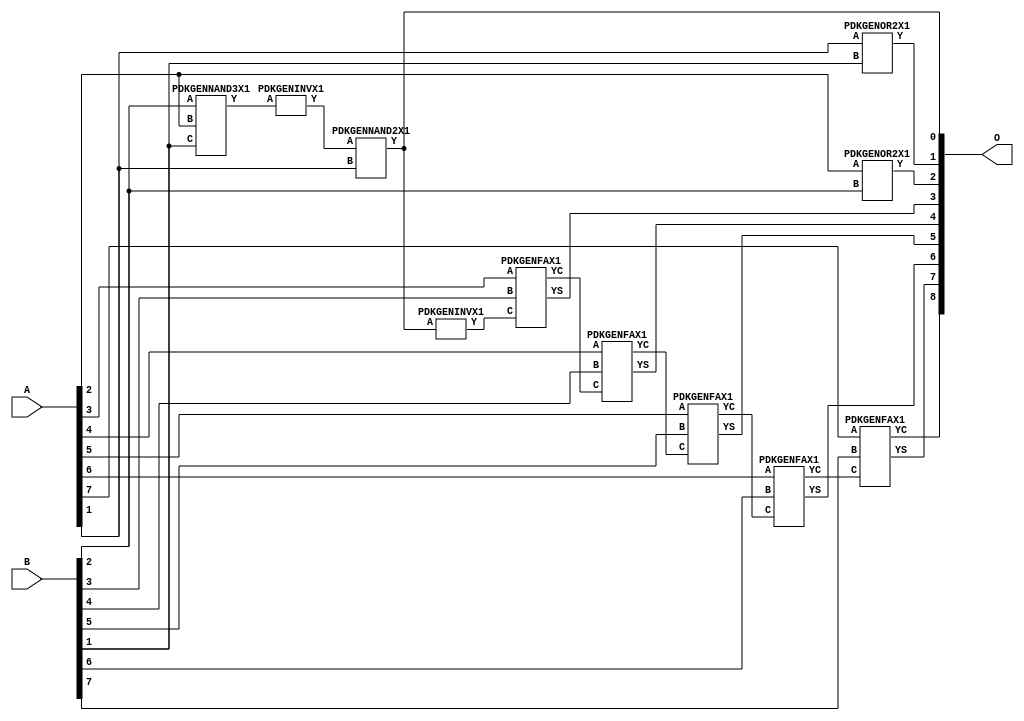
// Library = EvoApprox8b
// Circuit = add8_187
// Area   (180) = 756
// Delay  (180) = 1.360
// Power  (180) = 223.50
// Area   (45) = 56
// Delay  (45) = 0.520
// Power  (45) = 21.82
// Nodes = 11
// HD = 134400
// MAE = 1.46875
// MSE = 4.31250
// MRE = 0.78 %
// WCE = 5
// WCRE = 100 %
// EP = 70.3 %

module add8_187(A, B, O);
  input [7:0] A;
  input [7:0] B;
  output [8:0] O;
  wire [2031:0] N;

  assign N[0] = A[0];
  assign N[1] = A[0];
  assign N[2] = A[1];
  assign N[3] = A[1];
  assign N[4] = A[2];
  assign N[5] = A[2];
  assign N[6] = A[3];
  assign N[7] = A[3];
  assign N[8] = A[4];
  assign N[9] = A[4];
  assign N[10] = A[5];
  assign N[11] = A[5];
  assign N[12] = A[6];
  assign N[13] = A[6];
  assign N[14] = A[7];
  assign N[15] = A[7];
  assign N[16] = B[0];
  assign N[17] = B[0];
  assign N[18] = B[1];
  assign N[19] = B[1];
  assign N[20] = B[2];
  assign N[21] = B[2];
  assign N[22] = B[3];
  assign N[23] = B[3];
  assign N[24] = B[4];
  assign N[25] = B[4];
  assign N[26] = B[5];
  assign N[27] = B[5];
  assign N[28] = B[6];
  assign N[29] = B[6];
  assign N[30] = B[7];
  assign N[31] = B[7];

  PDKGENNAND3X1 n32(.A(N[20]), .B(N[4]), .C(N[18]), .Y(N[32]));
  PDKGENINVX1 n34(.A(N[32]), .Y(N[34]));
  assign N[35] = N[34];
  PDKGENNAND2X1 n40(.A(N[35]), .B(N[2]), .Y(N[40]));
  assign N[41] = N[40];
  PDKGENINVX1 n42(.A(N[41]), .Y(N[42]));
  assign N[43] = N[42];
  PDKGENOR2X1 n82(.A(N[2]), .B(N[18]), .Y(N[82]));
  PDKGENOR2X1 n132(.A(N[4]), .B(N[20]), .Y(N[132]));
  PDKGENFAX1 n182(.A(N[6]), .B(N[22]), .C(N[43]), .YS(N[182]), .YC(N[183]));
  PDKGENFAX1 n232(.A(N[8]), .B(N[24]), .C(N[183]), .YS(N[232]), .YC(N[233]));
  PDKGENFAX1 n282(.A(N[10]), .B(N[26]), .C(N[233]), .YS(N[282]), .YC(N[283]));
  PDKGENFAX1 n332(.A(N[12]), .B(N[28]), .C(N[283]), .YS(N[332]), .YC(N[333]));
  PDKGENFAX1 n382(.A(N[14]), .B(N[30]), .C(N[333]), .YS(N[382]), .YC(N[383]));

  assign O[0] = N[40];
  assign O[1] = N[82];
  assign O[2] = N[132];
  assign O[3] = N[182];
  assign O[4] = N[232];
  assign O[5] = N[282];
  assign O[6] = N[332];
  assign O[7] = N[382];
  assign O[8] = N[383];

endmodule
/* mod */
module PDKGENFAX1( input A, input B, input C, output YS, output YC );
    assign YS = (A ^ B) ^ C;
    assign YC = (A & B) | (B & C) | (A & C);
endmodule
/* mod */
module PDKGENOR2X1(input A, input B, output Y );
     assign Y = A | B;
endmodule
/* mod */
module PDKGENINVX1(input A, output Y );
     assign Y = ~A;
endmodule
/* mod */
module PDKGENNAND3X1(input A, input B, input C, output Y );
     assign Y = ~((A & B) & C);
endmodule
/* mod */
module PDKGENNAND2X1(input A, input B, output Y );
     assign Y = ~(A & B);
endmodule